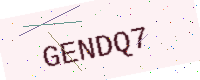
Text: GENDQ7